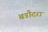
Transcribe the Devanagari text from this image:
बडौदरा